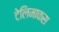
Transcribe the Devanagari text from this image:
टेलिमाकस